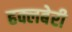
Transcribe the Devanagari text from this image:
हक्लबेरी